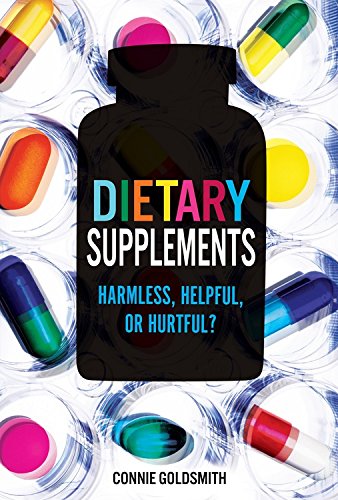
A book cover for Dietary Supplements: Harmless, Helpful, or Hurtful? (Nonfiction - Young Adult); Connie Goldsmith; Teen & Young Adult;